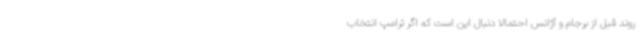
روند قبل از برجام و آژانس احتمالا دنبال این است که اگر ترامپ انتخاب